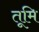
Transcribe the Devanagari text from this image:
तूमि